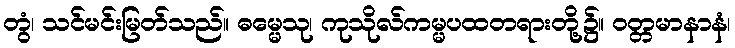
တွံ၊ သင်မင်းမြတ်သည်။ ဓမ္မေသု၊ ကုသိုလ်ကမ္မပထတရားတို့၌။ ဝတ္တမာနာနံ၊